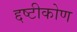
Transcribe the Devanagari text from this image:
द्दष्टीकोण